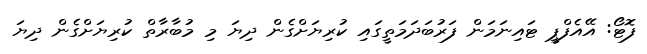
ފޮޓޯ: އޭއެފްޕީ ޓައިނަމަން ފަރުބަދަމަތީގައި ކުރިޔަށްގެން ދިޔަ މި މުބާރާތް ކުރިޔަށްގެން ދިޔަ